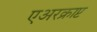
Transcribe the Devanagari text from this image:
एअरक्राप्ट